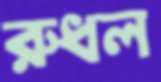
রুধল